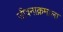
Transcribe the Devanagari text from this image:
जीवनाक्रमाला